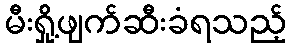
မီးရှို့ဖျက်ဆီးခံရသည့်